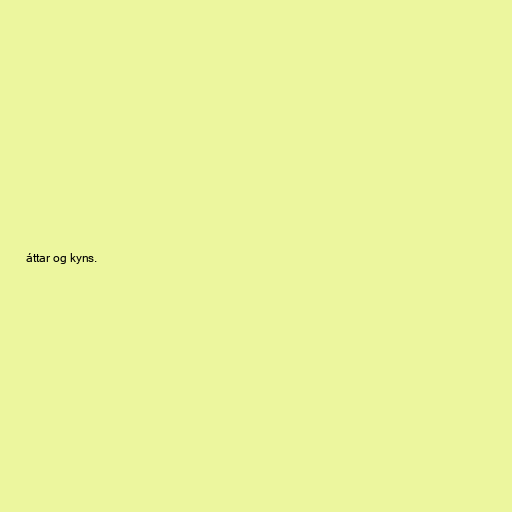
áttar og kyns.